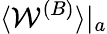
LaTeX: \langle\mathcal{W}^{(B)}\rangle|_{a}